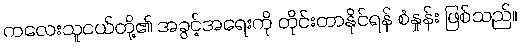
ကလေးသူငယ်တို့၏ အခွင့်အရေးကို တိုင်းတာနိုင်ရန် စံနှုန်း ဖြစ်သည်။